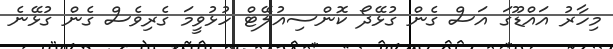
މިހާރު އައްޑޫގަ އަސް ގެން ގުޅޭދޯ ކޮންސިއުލޭޓް ހުޅުވީމަ ގެރިވެސް ގެން ގުޅޭނެ